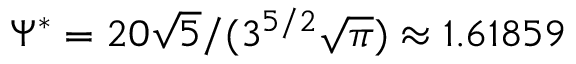
\Psi ^ { * } = 2 0 \sqrt { 5 } / ( 3 ^ { 5 / 2 } \sqrt { \pi } ) \approx 1 . 6 1 8 5 9